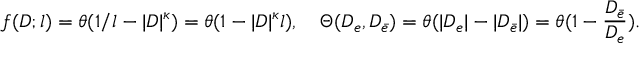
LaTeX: f ( D ; l ) = \theta ( 1 / l - | D | ^ { \kappa } ) = \theta ( 1 - | D | ^ { \kappa } l ) , \quad \Theta ( D _ { e } , D _ { \bar { e } } ) = \theta ( | D _ { e } | - | D _ { \bar { e } } | ) = \theta ( 1 - \frac { D _ { \bar { e } } } { D _ { e } } ) .